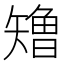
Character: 𰦢